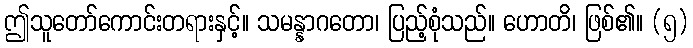
ဤသူတော်ကောင်းတရားနှင့်။ သမန္နာဂတော၊ ပြည့်စုံသည်။ ဟောတိ၊ ဖြစ်၏။ (၅)